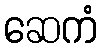
ဆေကံ